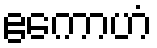
ဧကောဟံ